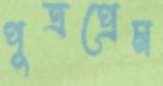
পুত্রপ্রেম